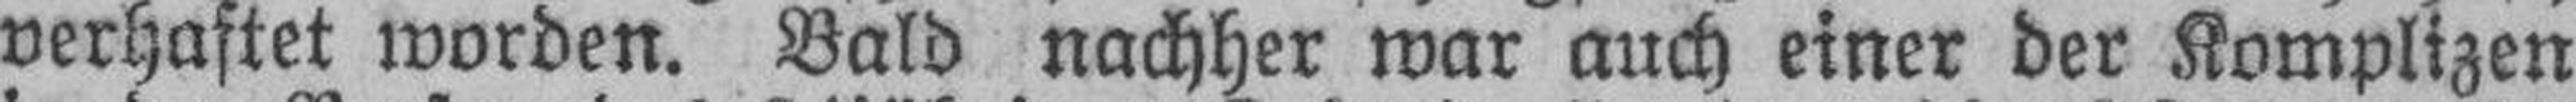
verhaftet worden. Bald nachher war auch einer der Komplizen